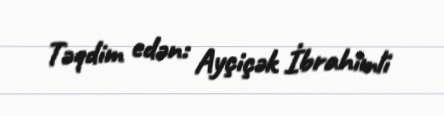
Təqdim edən: Ayçiçək İbrahimli